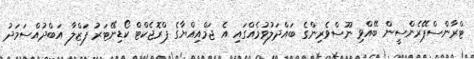
ޓްރާންސްޕޭރެންސީން ބޭއްވި ނޫސްވެރިންގެ ބައްދަލުވުމެއްގައި އެ ޖަމްއިއްޔާގެ ޕްރޮޖެކްޓް ކޯޑިނޭޓަރު ފަޒްލާ އަބްދުއްސަމަދު